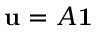
\mathbf { u } = A \mathbf { 1 }